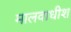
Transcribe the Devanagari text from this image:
मालवाधीश